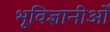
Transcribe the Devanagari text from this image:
भूविज्ञानीओँ